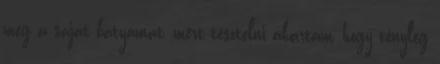
meg a saját bátyámat, mert tesztelni akartam, hogy tényleg